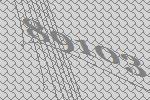
89103